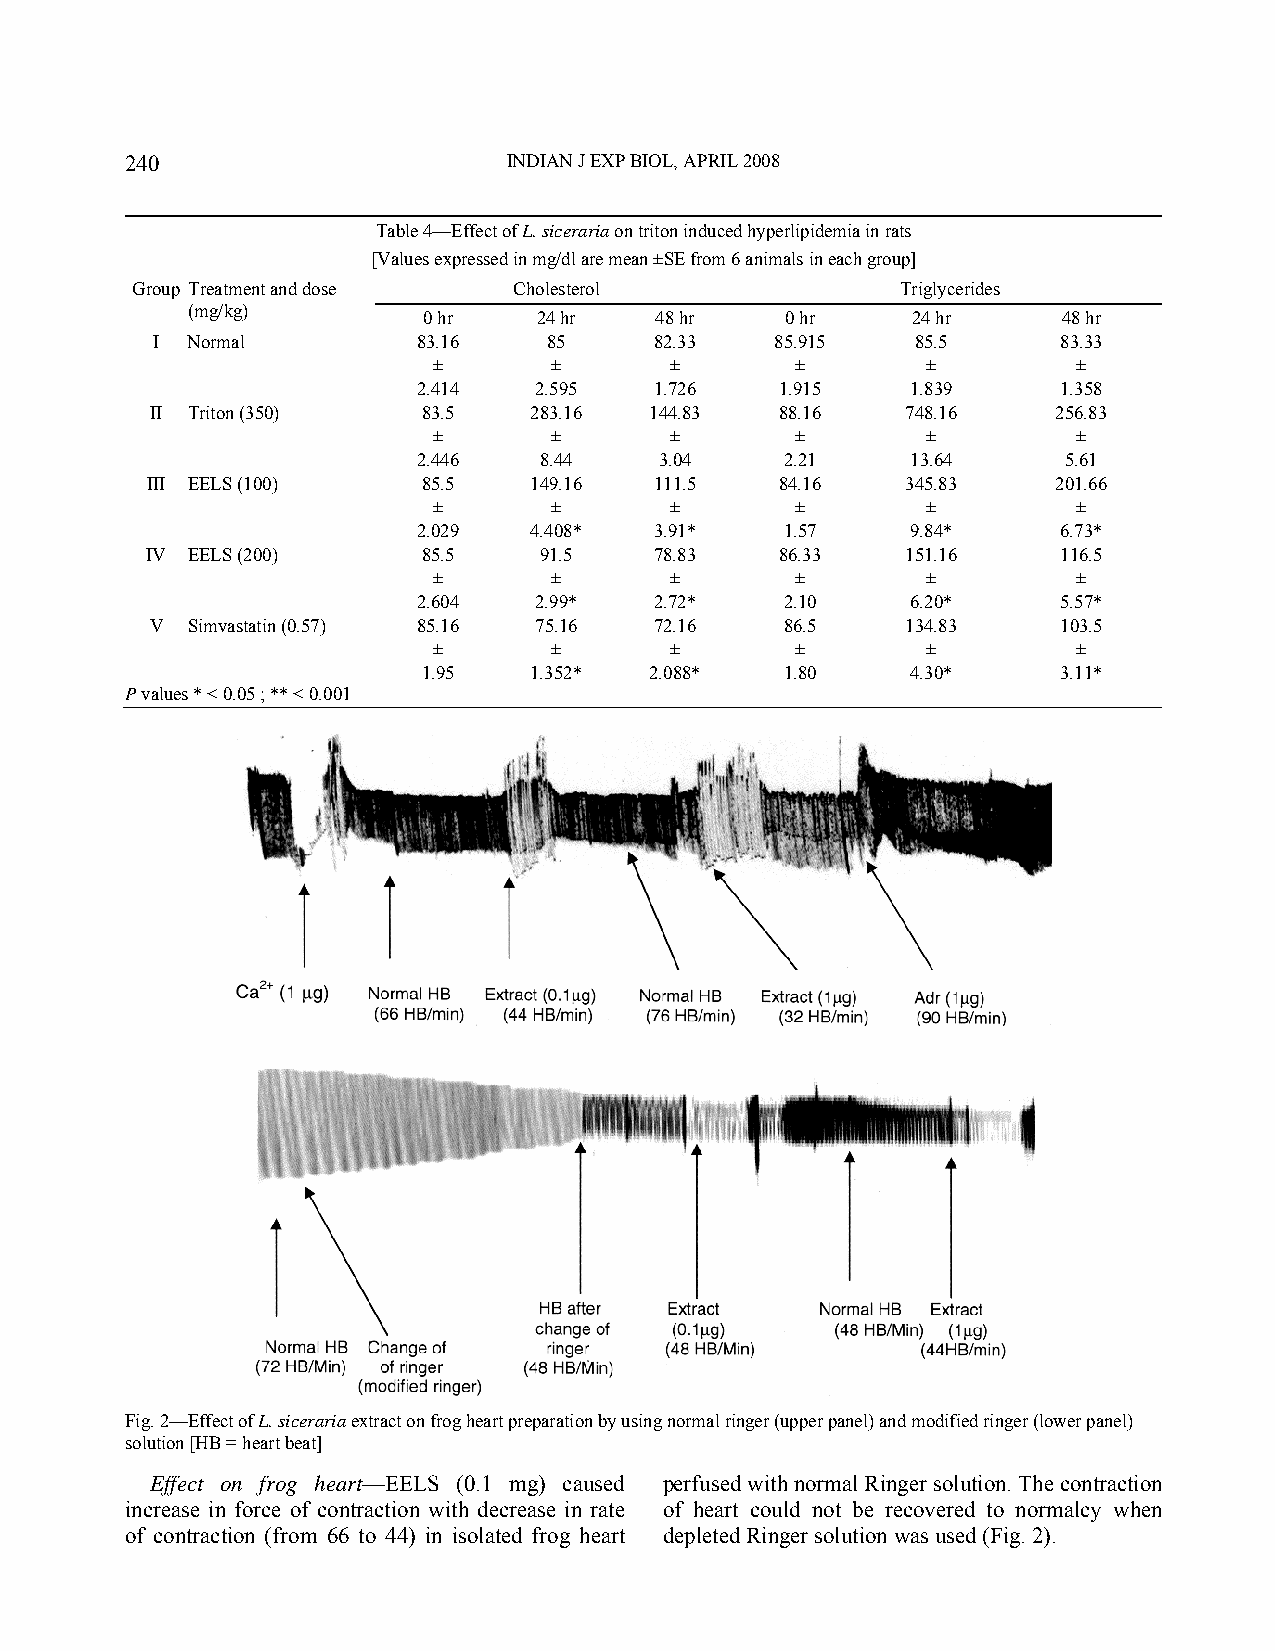
240                       INDIAN J EXP BIOL, APRIL 2008
 Table 4—Effect of L. siceraria on triton induced hyperlipidemia in rats
 [Values expressed in mg/dl are mean ±SE from 6 animals in each group]
 Group Treatment and dose Cholesterol               Triglycerides
 (mg/kg)
 0 hr    24 hr  48 hr    0 hr    24 hr     48 hr
 I Normal          83.16   85     82.33   85.915    85.5     83.33
 ±      ±       ±        ±       ±         ±
 2.414  2.595   1.726    1.915   1.839     1.358
 II Triton (350)   83.5   283.16  144.83   88.16   748.16    256.83
 ±      ±       ±        ±       ±         ±
 2.446   8.44    3.04    2.21    13.64     5.61
 III EELS (100)    85.5   149.16  111.5    84.16   345.83    201.66
 ±      ±       ±        ±       ±         ±
 2.029  4.408*  3.91*    1.57    9.84*     6.73*
 IV EELS (200)     85.5    91.5   78.83    86.33   151.16    116.5
 ±      ±       ±        ±       ±         ±
 2.604  2.99*   2.72*    2.10    6.20*     5.57*
 V Simvastatin (0.57) 85.16 75.16 72.16    86.5    134.83    103.5
 ±      ±       ±        ±       ±         ±
 1.95   1.352*  2.088*   1.80    4.30*     3.11*
 P values * < 0.05 ; ** < 0.001
 Fig. 2—Effect of L. siceraria extract on frog heart preparation by using normal ringer (upper panel) and modified ringer (lower panel)
 solution [HB = heart beat]
 Effect on frog heart—EELS (0.1 mg) caused perfused with normal Ringer solution. The contraction
 increase in force of contraction with decrease in rate of heart could not be recovered to normalcy when
 of contraction (from 66 to 44) in isolated frog heart depleted Ringer solution was used (Fig. 2).